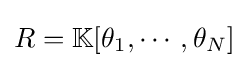
R=\mathbb {K} [\theta _{1},\cdots ,\theta _{N}]